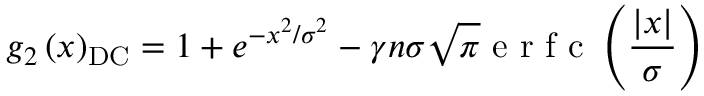
g _ { 2 } \left( x \right) _ { \mathrm { D C } } = 1 + e ^ { - x ^ { 2 } / \sigma ^ { 2 } } - \gamma n \sigma \sqrt { \pi } \mathrm { ~ e ~ r ~ f ~ c ~ } \left( \frac { | x | } { \sigma } \right)